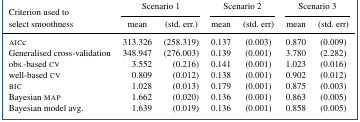
<table><thead><tr><td rowspan="2"><b>Criterion used to select smoothness</b></td><td colspan="2"><b>Scenario 1</b></td><td colspan="2"><b>Scenario 2</b></td><td colspan="2"><b>Scenario 3</b></td></tr><tr><td><b>mean</b></td><td><b>(std. err.)</b></td><td><b>mean</b></td><td><b>(std. err)</b></td><td><b>mean</b></td><td><b>(std. err)</b></td></tr></thead><tbody><tr><td>AICc</td><td>313.326</td><td>(258.319)</td><td>0.137</td><td>(0.003)</td><td>0.870</td><td>(0.009)</td></tr><tr><td>Generalised cross‐validation</td><td>348.947</td><td>(276.003)</td><td>0.139</td><td>(0.001)</td><td>3.780</td><td>(2.282)</td></tr><tr><td>obs.‐based CV</td><td>3.552</td><td>(0.216)</td><td>0.141</td><td>(0.001)</td><td>1.023</td><td>(0.016)</td></tr><tr><td>well‐based CV</td><td>0.809</td><td>(0.012)</td><td>0.138</td><td>(0.001)</td><td>0.902</td><td>(0.012)</td></tr><tr><td>BIC</td><td>1.028</td><td>(0.013)</td><td>0.179</td><td>(0.001)</td><td>0.875</td><td>(0.003)</td></tr><tr><td>Bayesian MAP</td><td>1.662</td><td>(0.020)</td><td>0.136</td><td>(0.001)</td><td>0.863</td><td>(0.005)</td></tr><tr><td>Bayesian model avg.</td><td>1.639</td><td>(0.019)</td><td>0.136</td><td>(0.001)</td><td>0.858</td><td>(0.005)</td></tr></tbody></table>